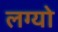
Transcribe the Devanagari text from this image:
लग्‍यो